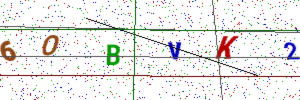
Text: 6OBVK2